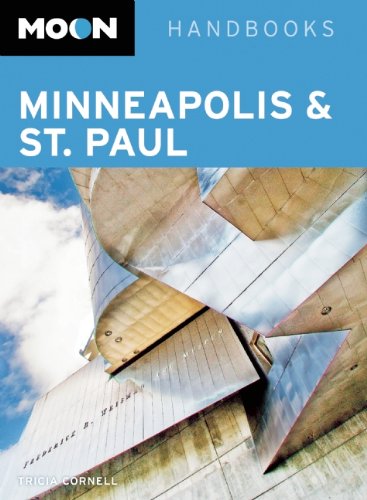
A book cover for Moon Minneapolis & St. Paul (Moon Handbooks); Tricia Cornell; Travel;